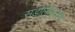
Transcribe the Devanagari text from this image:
सडोलीकरांचा